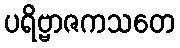
ပရိဗ္ဗာဇကသတေ